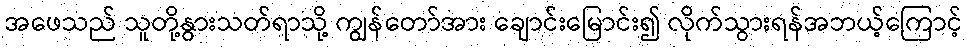
အဖေသည် သူတို့နွားသတ်ရာသို့ ကျွန်တော်အား ချောင်းမြောင်း၍ လိုက်သွားရန်အဘယ့်ကြောင့်